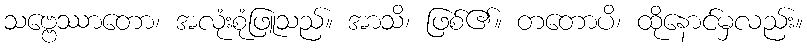
သဗ္ဗေဿာတော၊ အလုံးစုံဖြူသည်။ အာသိ၊ ဖြစ်၏။ တတောပိ၊ ထိုနောင်မှလည်း။